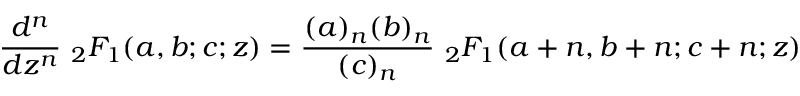
{ \frac { d ^ { n } } { d z ^ { n } } } \ { } _ { 2 } F _ { 1 } ( a , b ; c ; z ) = { \frac { ( a ) _ { n } ( b ) _ { n } } { ( c ) _ { n } } } \ { } _ { 2 } F _ { 1 } ( a + n , b + n ; c + n ; z )